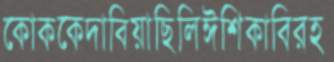
কোককেদাবিয়াছিলিঈশিকাবিরহ